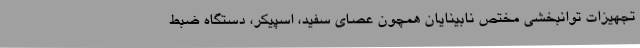
تجهیزات توانبخشی مختص نابینایان همچون عصای سفید، اسپیکر، دستگاه ضبط